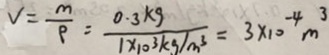
V = \frac { m } { \rho } = \frac { 0 . 3 k g } { 1 \times 1 0 ^ { 3 } k g / m ^ { 3 } } = 3 \times 1 0 ^ { - 4 } m ^ { 3 }